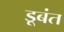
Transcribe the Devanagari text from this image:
डूबंत